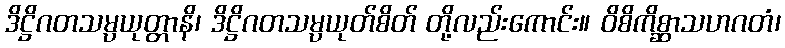
ဒိဋ္ဌိဂတသမ္ပယုတ္တာနိ၊ ဒိဋ္ဌိဂတသမ္ပယုတ်စိတ် တို့လည်းကောင်း။ ဝိစိကိစ္ဆာသဟဂတံ၊